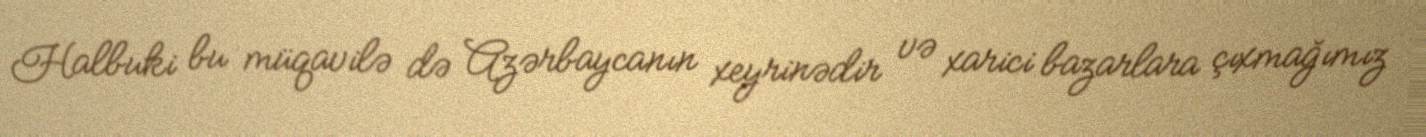
Halbuki bu müqavilə də Azərbaycanın xeyrinədir və xarici bazarlara çıxmağımız